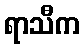
ရာသီက